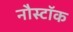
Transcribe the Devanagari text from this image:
नौस्टॉक